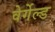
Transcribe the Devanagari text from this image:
वेर्गेल्ड